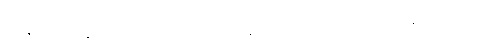
ဝါ၊ ဇရာမရဏနှင့် မစပ်သည်မူလည်း ဖြစ်ကုန်သော။ သောကာဒယော၊ ကုန်သော။ ဓမ္မာ